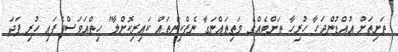
ތަށިތަށް އުއްޑުންޖަހާ ހުރިހާ ތަށްޓެއްގެ މަތިތައްނަގާ ނެޕްކިންތައް ކައިރިކޮށްލާ" ހިތްއަވަސްވެފައި ހުރި ފަދަ